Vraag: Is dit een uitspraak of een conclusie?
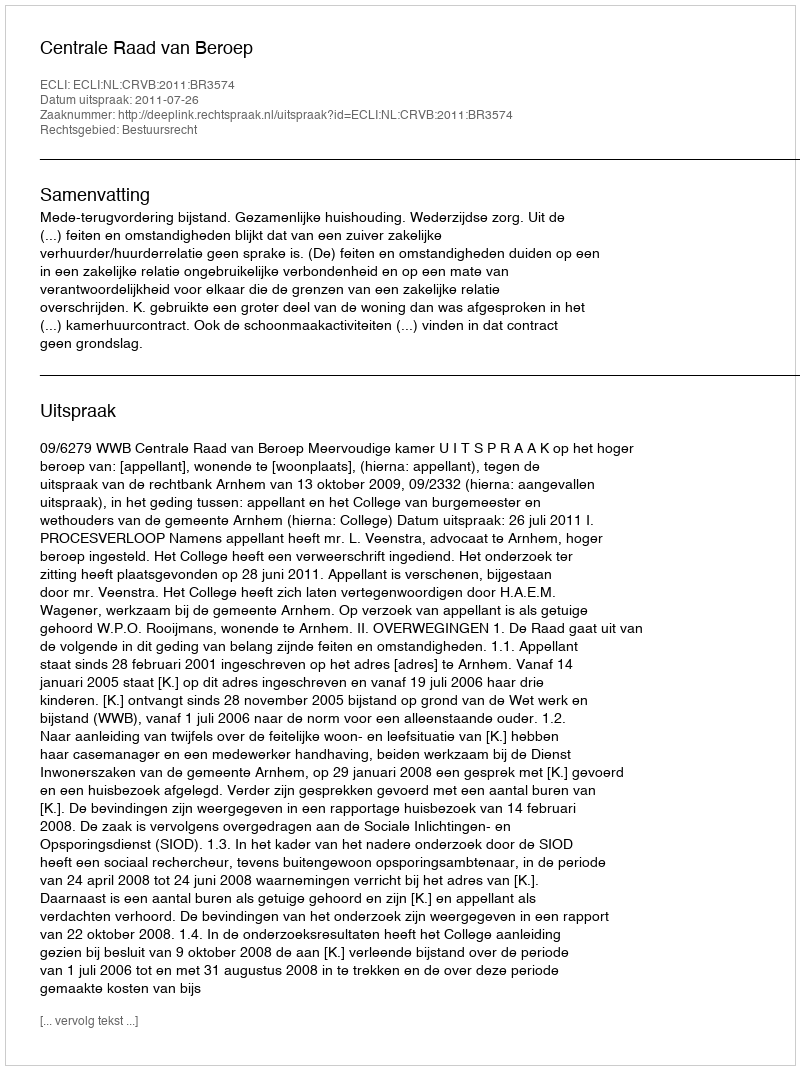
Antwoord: Uitspraak